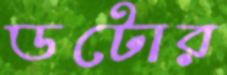
ডটোর